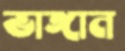
ভাঙ্গান